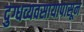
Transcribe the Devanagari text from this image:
दुग्धव्यवसायापासून